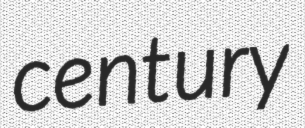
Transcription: century